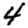
Digit: 4